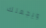
ويجعلك